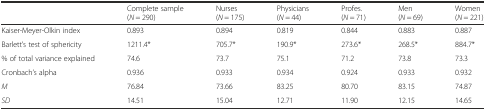
|  | Complete sample(N = 290) | Nurses(N = 175) | Physicians(N = 44) | Profes.(N = 71) | Men(N = 69) | Women(N = 221) |
 | --- | --- | --- | --- | --- | --- | --- |
 | Kaiser-Meyer-Olkin index | 0.893 | 0.894 | 0.819 | 0.844 | 0.883 | 0.887 |
 | Barlett’s test of sphericity | 1211.4* | 705.7* | 190.9* | 273.6* | 268.5* | 884.7* |
 | % of total variance explained | 74.6 | 73.7 | 75.1 | 71.2 | 73.8 | 73.3 |
 | Cronbach’s alpha | 0.936 | 0.933 | 0.934 | 0.924 | 0.933 | 0.932 |
 | M | 76.84 | 73.66 | 83.25 | 80.70 | 83.15 | 74.87 |
 | SD | 14.51 | 15.04 | 12.71 | 11.90 | 12.15 | 14.65 |